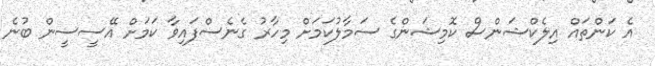
އެ ކަންތައް އިލެކްޝަންސް ކޮމިޝަންގެ ސަމާލުކަމަށް މިހާރު ގެނެސްފައިވާ ކަމަށް އޭސީސީން ބުނެ